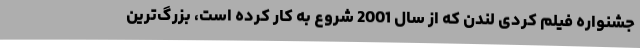
جشنواره فيلم کُردی لندن که از سال 2001 شروع به کار کرده است، بزرگ‌ترين